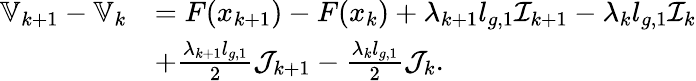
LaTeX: \begin{array}{rl}{\mathbb{V}_{k+1}-\mathbb{V}_{k}}&{=F(x_{k+1})-F(x_{k})+\lambda_{k+1}l_{g,1}\mathcal{I}_{k+1}-\lambda_{k}l_{g,1}\mathcal{I}_{k}}\\ &{+\frac{\lambda_{k+1}l_{g,1}}{2}\mathcal{J}_{k+1}-\frac{\lambda_{k}l_{g,1}}{2}\mathcal{J}_{k}.}\end{array}